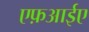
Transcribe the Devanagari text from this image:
एफ़आईए